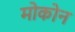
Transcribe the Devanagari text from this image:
मोकोन